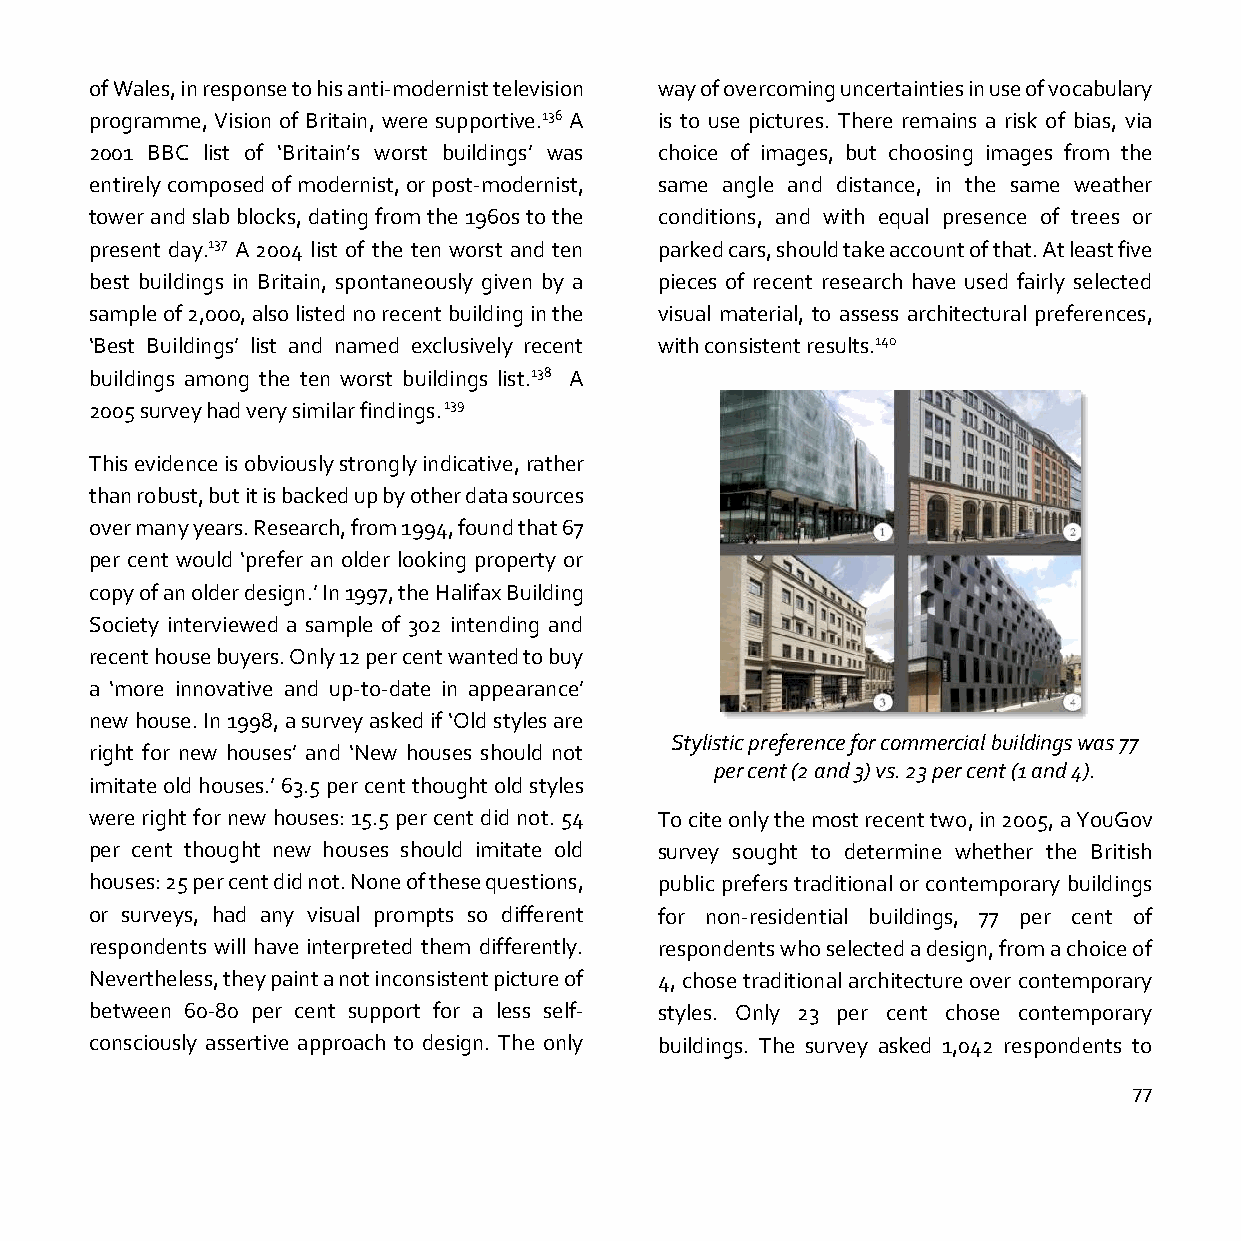
of Wales, in response to his anti-modernist television way of overcoming uncertainties in use of vocabulary
 programme, Vision of Britain, were supportive.136 A is to use pictures. There remains a risk of bias, via
 2001 BBC list of ‘Britain’s worst buildings’ was choice of images, but choosing images from the
 entirely composed of modernist, or post-modernist, same angle and distance, in the same weather
 tower and slab blocks, dating from the 1960s to the conditions, and with equal presence of trees or
 present day.137 A 2004 list of the ten worst and ten parked cars, should take account of that. At least five
 best buildings in Britain, spontaneously given by a pieces of recent research have used fairly selected
 sample of 2,000, also listed no recent building in the visual material, to assess architectural preferences,
 ‘Best Buildings’ list and named exclusively recent with consistent results.140
 buildings among the ten worst buildings list.138 A
 2005 survey had very similar findings. 139
 This evidence is obviously strongly indicative, rather
 than robust, but it is backed up by other data sources
 over many years. Research, from 1994, found that 67
 per cent would ‘prefer an older looking property or
 copy of an older design.’ In 1997, the Halifax Building
 Society interviewed a sample of 302 intending and
 recent house buyers. Only 12 per cent wanted to buy
 a ‘more innovative and up-to-date in appearance’
 new house. In 1998, a survey asked if ‘Old styles are
 Stylistic preference for commercial buildings was 77
 right for new houses’ and ‘New houses should not
 per cent (2 and 3) vs. 23 per cent (1 and 4).
 imitate old houses.’ 63.5 per cent thought old styles
 were right for new houses: 15.5 per cent did not. 54 To cite only the most recent two, in 2005, a YouGov
 per cent thought new houses should imitate old survey sought to determine whether the British
 houses: 25 per cent did not. None of these questions, public prefers traditional or contemporary buildings
 or surveys, had any visual prompts so different for non-residential buildings, 77 per cent of
 respondents will have interpreted them differently. respondents who selected a design, from a choice of
 Nevertheless, they paint a not inconsistent picture of 4, chose traditional architecture over contemporary
 between 60-80 per cent support for a less self- styles. Only 23 per cent chose contemporary
 consciously assertive approach to design. The only buildings. The survey asked 1,042 respondents to
 77